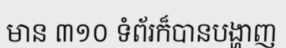
មាន ៣១០ ទំព័រក៏បានបង្ហាញ